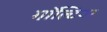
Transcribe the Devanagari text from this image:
गॉल्टियर